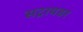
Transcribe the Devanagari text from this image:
सट्रायडर